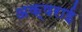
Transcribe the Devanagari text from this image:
अक्षराई